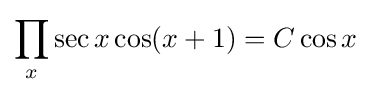
\prod _{x}\sec x\cos(x+1)=C\cos x